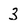
Character: 3